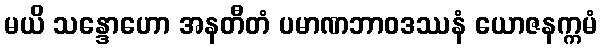
မယိ သန္ဒောဟော အနတီတံ ပမာဏဘာဝဒဿနံ ယောဇနက္ကမံ